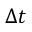
\Delta t